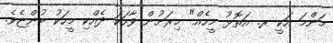
މަންމަ އަކީ ރ. އަތޮޅު މީހެއް" މިރަށުން ވާހަކަ ދެއްކި މީހަކު ބުންޏެވެ.